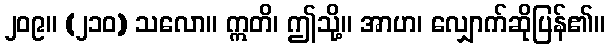
၂၀၉။ (၂၁၀) သလော။ ဣတိ၊ ဤသို့။ အာဟ၊ လျှောက်ဆိုပြန်၏။